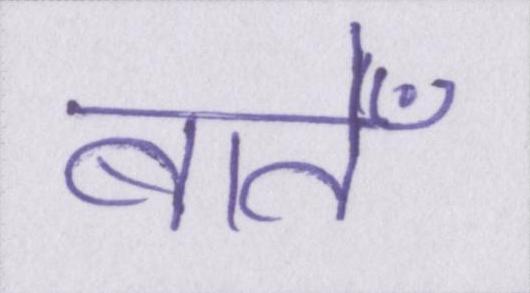
बातेँ